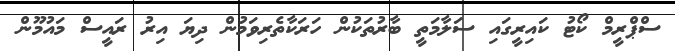
ސްޕްރީމް ކޯޓު ކައިރީގައި ސަލާމަތީ ބާރުތަކުން ހަރަކާތެރިވަމުން ދިޔަ އިރު ރައީސް މައުމޫން